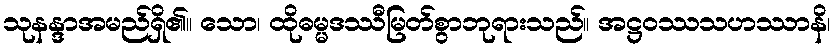
သုနန္ဒာအမည်ရှိ၏။ သော၊ ထိုဓမ္မဒဿီမြတ်စွာဘုရားသည်။ အဋ္ဌဝဿသဟဿာနိ၊